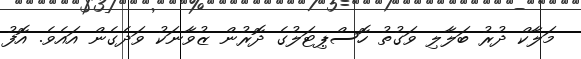
މަލާކް ދުރު ބަލާލި ވަގުތު ހޮސްޕިޓަލުގެ ދޮރުން ޒުވާނަކު ވަދެގެން އައެވެ. އޮފު